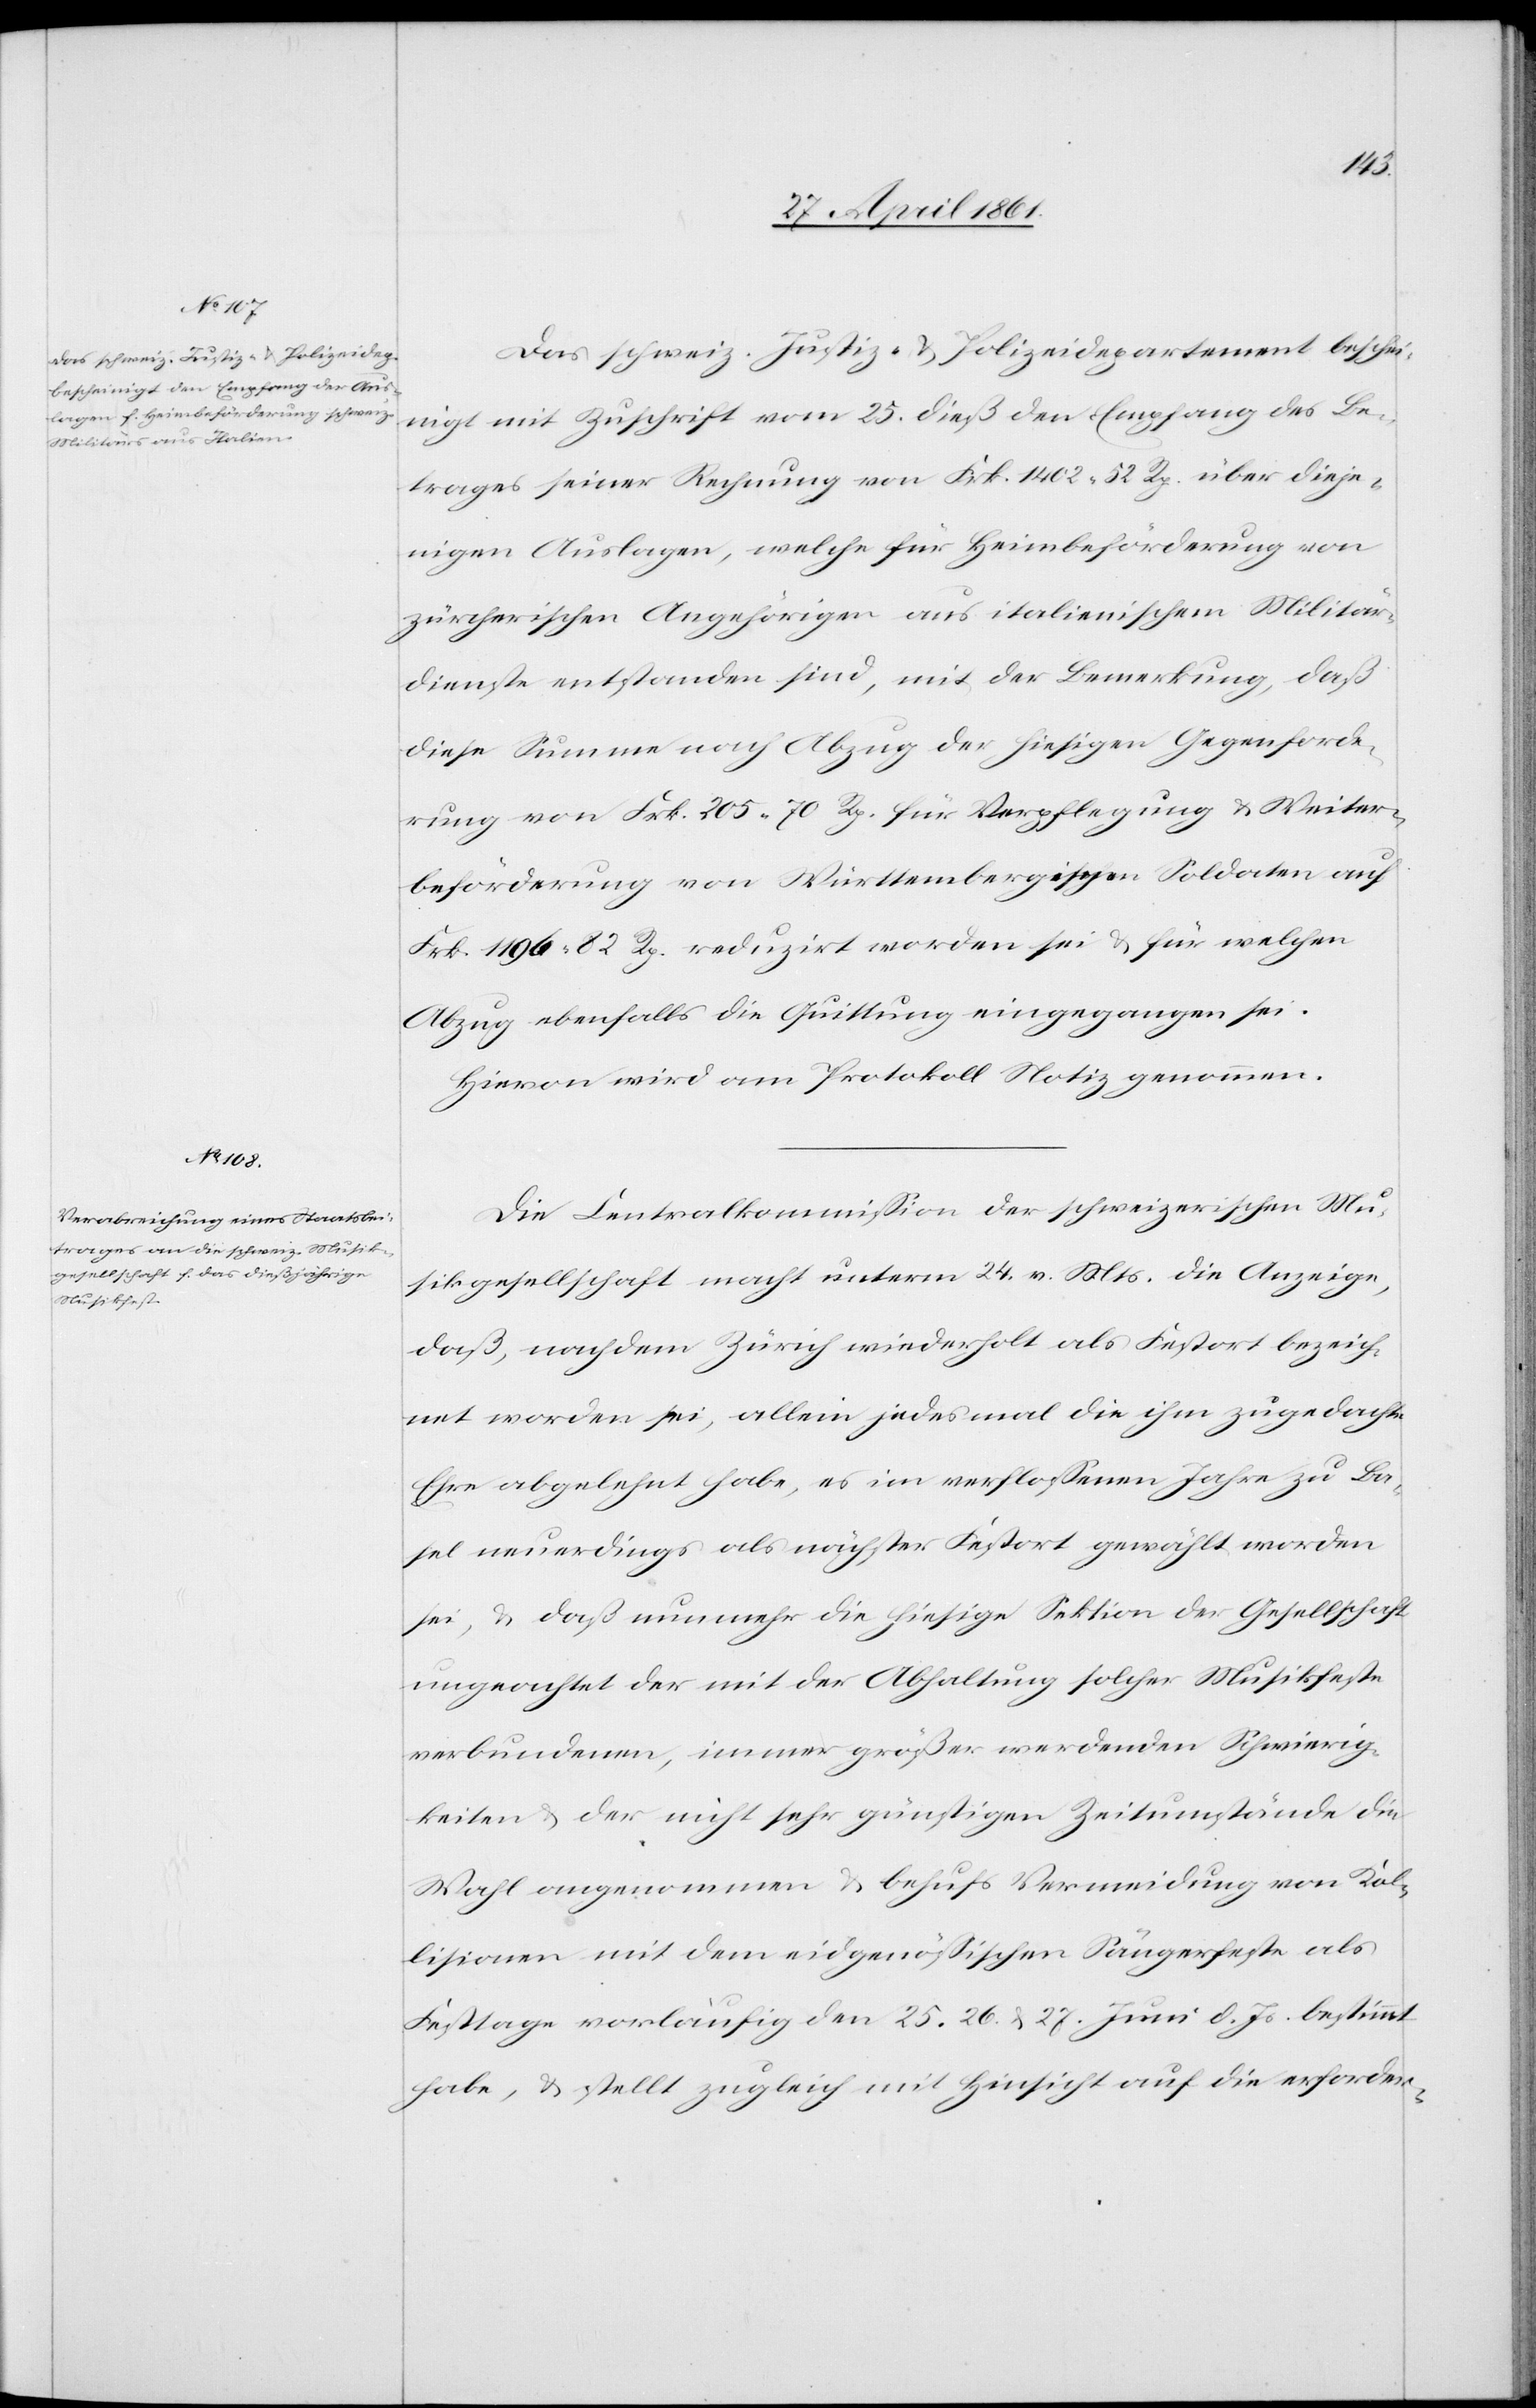
Das schweiz. Justiz- u. Polizeidepartement beschei¬
nigt mit Zuschrift vom 25. dieß den Empfang des Be¬
trages seiner Rechnung von Frk. 1402 52 Rp. über dieje¬
nigen Auslagen, welche für Heimbeförderung von
zürcherischen Angehörigen aus italienischem Militär¬
dienste entstanden sind, mit der Bemerkung, daß
diese Summe nach Abzug der hiesigen Gegenforde¬
rung von Frk. 205 70 Rp. für Verpflegung u. Weiter¬
beförderung von Württembergischen Soldaten auf
Frk. 1196 82 Rp. reduzirt worden sei u. für welchen
Abzug ebenfalls die Quittung eingegangen sei.
Hievon wird am Protokoll Notiz genommen.
Die Centralkommission der schweizerischen Mu¬
sikgesellschaft macht unterm 24. v. Mts. die Anzeige,
daß, nachdem Zürich wiederholt als Festort bezeich¬
net worden sei, allein jedes mal die ihm zugedachte
Ehre abgelehnt habe, es im verflossenen Jahre zu Ba¬
sel neuerdings als nächster Festort gewählt worden
sei, u. daß nunmehr die hiesige Sektion der Gesellschaft
ungeachtet der mit der Abhaltung solcher Musikfeste
verbundenen, immer größer werdenden Schwierig¬
keiten u. der nicht sehr günstigen Zeitumstände die
Wahl angenommen u. behufs Vermeidung von Kol¬
lisionen mit dem eidgenössischen Sängerfest als
Festtage vorläufig den 25. 26. u. 27. Juni d. Js. bestimmt
habe, u. stellt zugleich mit Hinsicht auf di erforder-